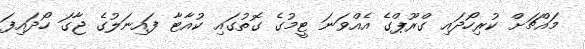
މައްޗަށް ކުރިހޯދައި ގްރޫޕްގެ އެއްވަނަ ޓީމުގެ ގޮތުގައި ކުއާޓާ ފައިނަލުގެ ޖާގަ ހޯދައިފަ